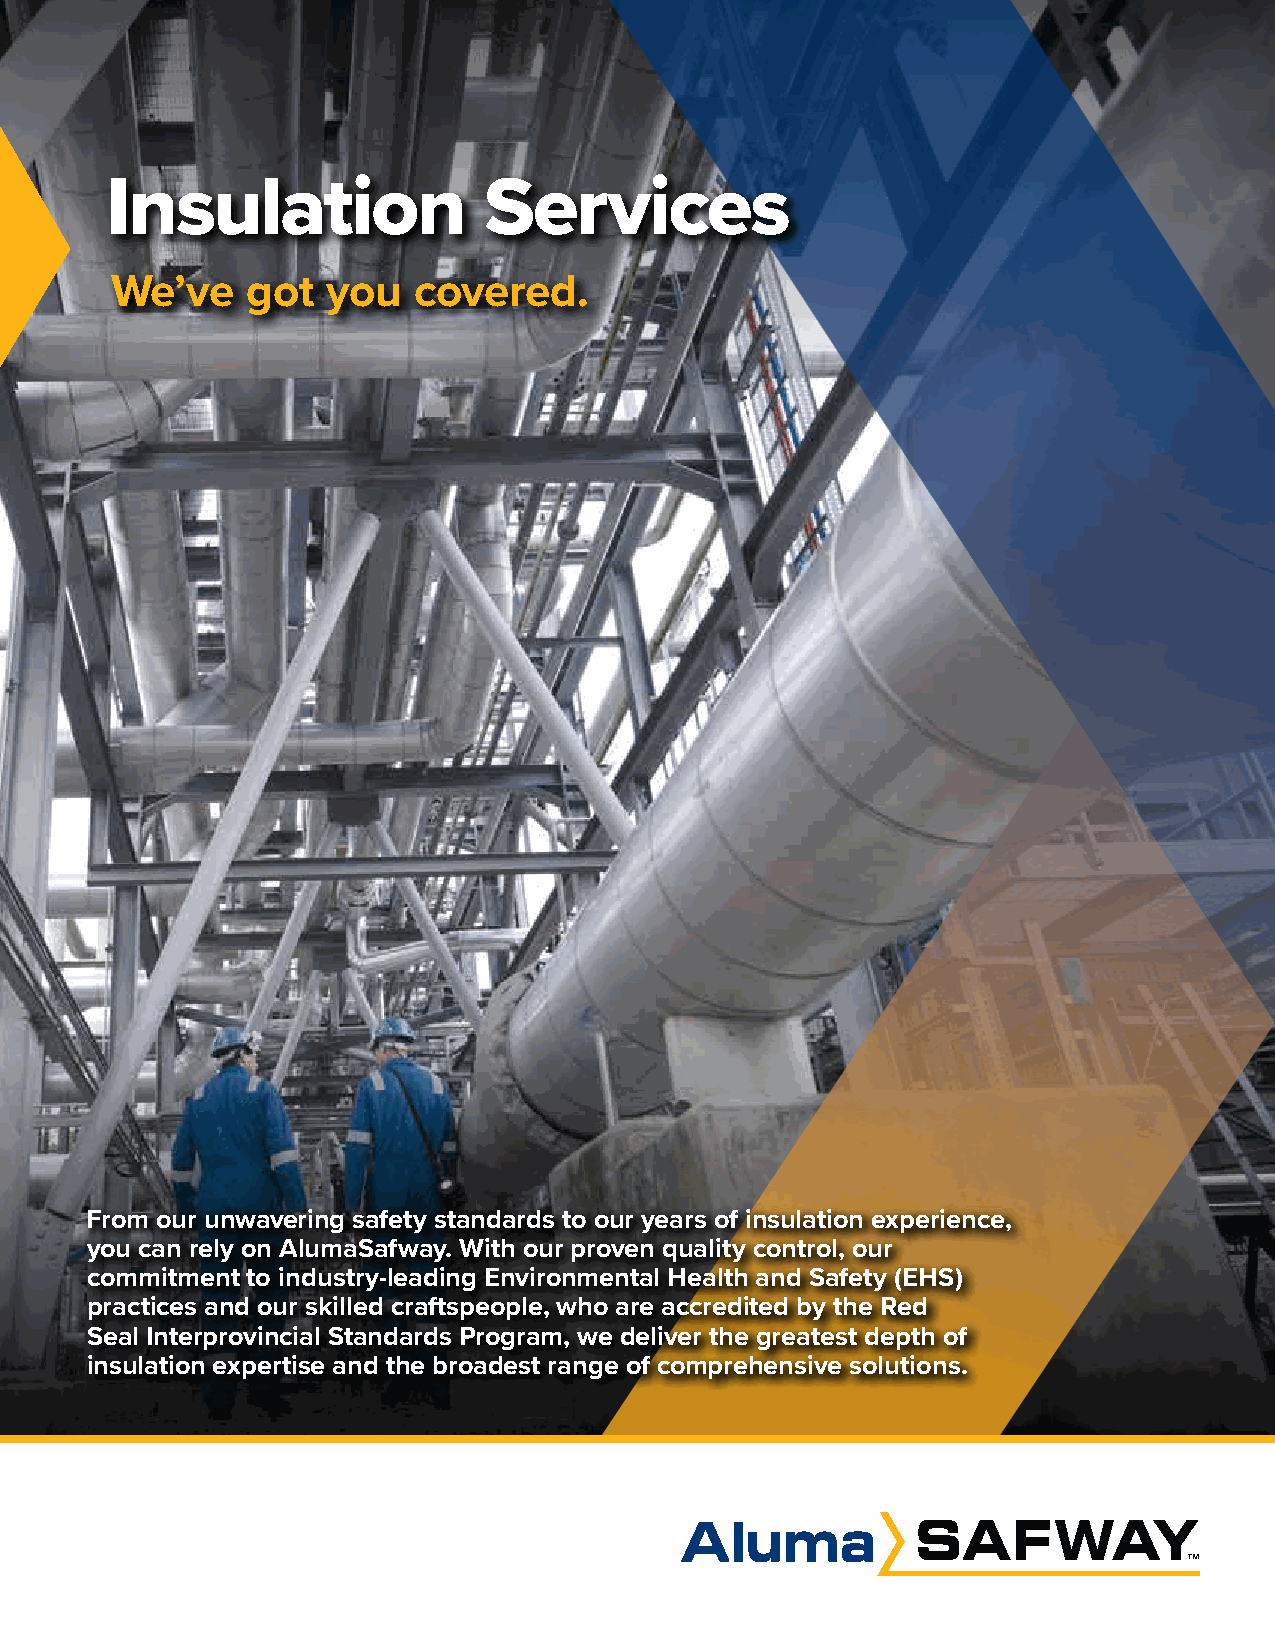
IInnssuullaattiioonn     SSeerrvviicceess
 WWee’’vvee ggoott yyoouu ccoovveerreedd..
 FFrroomm oouurr uunnwwaavveerriinngg ssaaffeettyy ssttaannddaarrddss ttoo oouurr yyeeaarrss ooff iinnssuullaattiioonn eexxppeerriieennccee,,
 yyoouu ccaann rreellyy oonn AAlluummaaSSaaffwwaayy.. WWiitthh oouurr pprroovveenn qquuaalliittyy ccoonnttrrooll,, oouurr
 ccoommmmiittmmeenntt ttoo iinndduussttrryy--lleeaaddiinngg EEnnvviirroonnmmeennttaall HHeeaalltthh aanndd SSaaffeettyy ((EEHHSS))
 pprraaccttiicceess aanndd oouurr sskkiilllleedd ccrraaffttssppeeooppllee,, wwhhoo aarree aaccccrreeddiitteedd bbyy tthhee RReedd
 SSeeaall IInntteerrpprroovviinncciiaall SSttaannddaarrddss PPrrooggrraamm,, wwee ddeelliivveerr tthhee ggrreeaatteesstt ddeepptthh ooff
 iinnssuullaattiioonn eexxppeerrttiissee aanndd tthhee bbrrooaaddeesstt rraannggee ooff ccoommpprreehheennssiivvee ssoolluuttiioonnss..